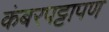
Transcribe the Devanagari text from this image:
कंबरपट्टापण